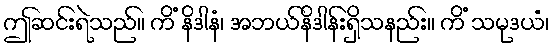
ဤဆင်းရဲသည်။ ကိံ နိဒါနံ၊ အဘယ်နိဒါန်းရှိသနည်း။ ကိံ သမုဒယံ၊